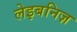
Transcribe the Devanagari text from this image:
लेइबनिज़